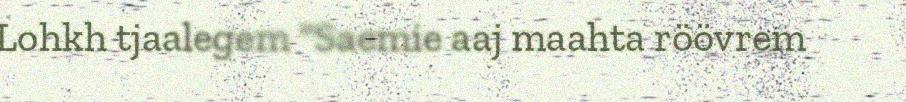
Lohkh tjaalegem "Saemie aaj maahta röövrem